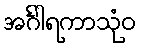
အင်္ဂါရကာသုံဝ